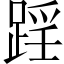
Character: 𨂘